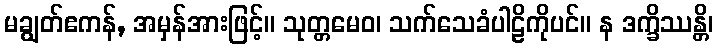
မချွတ်ဧကန်, အမှန်အားဖြင့်။ သုတ္တမေဝ၊ သက်သေခံပါဠိကိုပင်။ န ဒက္ခိဿန္တိ၊